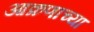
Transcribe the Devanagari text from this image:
आक्रणाच्या